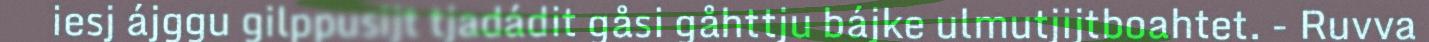
iesj ájggu gilppusijt tjadádit gåsi gåhttju bájke ulmutjijtboahtet. - Ruvva